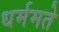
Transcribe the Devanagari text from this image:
धर्ममते